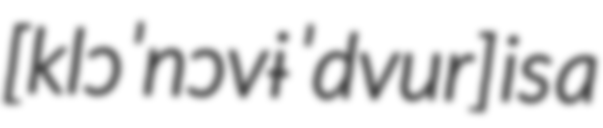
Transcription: [klɔˈnɔvɨ ˈdvur] is a